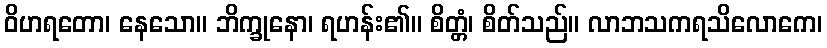
ဝိဟရတော၊ နေသော။ ဘိက္ခုနော၊ ရဟန်း၏။ စိတ္တံ၊ စိတ်သည်။ လာဘသကရသိလောကေ၊